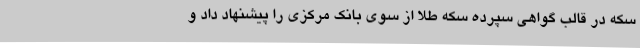
سکه در قالب گواهی سپرده سکه طلا از سوی بانک مرکزی را پیشنهاد داد و